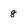
Character: 8